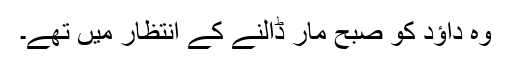
وہ داؤد کو صبح مار ڈالنے کے انتظار میں تھے۔